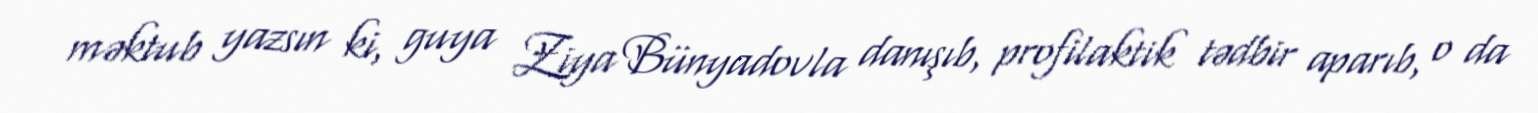
məktub yazsın ki, guya Ziya Bünyadovla danışıb, profilaktik tədbir aparıb, o da